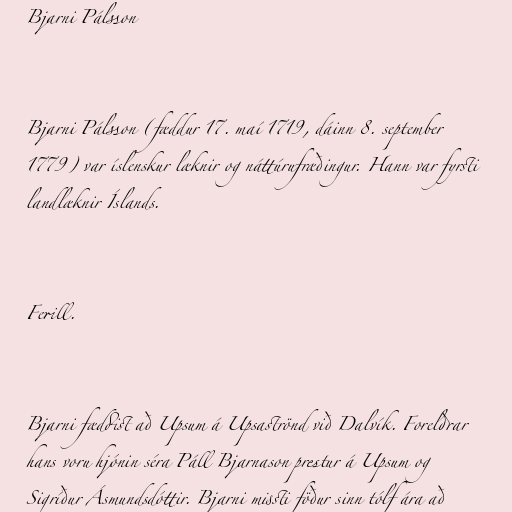
Bjarni Pálsson

Bjarni Pálsson (fæddur 17. maí 1719, dáinn 8. september
1779) var íslenskur læknir og náttúrufræðingur. Hann var fyrsti
landlæknir Íslands.

Ferill.

Bjarni fæddist að Upsum á Upsaströnd við Dalvík. Foreldrar
hans voru hjónin séra Páll Bjarnason prestur á Upsum og
Sigríður Ásmundsdóttir. Bjarni missti föður sinn tólf ára að